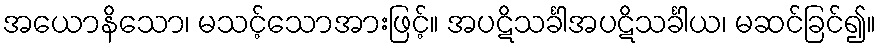
အယောနိသော၊ မသင့်သောအားဖြင့်။ အပဋိသင်္ခါအပဋိသင်္ခါယ၊ မဆင်ခြင်၍။